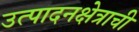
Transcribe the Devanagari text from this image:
उत्पादनक्षेत्राची